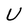
Character: U